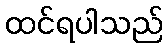
ထင်ရပါသည်